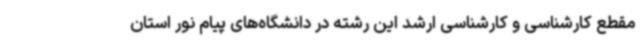
مقطع کارشناسی و کارشناسی ارشد این رشته در دانشگاه‌های پیام نور استان